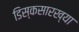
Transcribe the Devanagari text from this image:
डिस्कसारख्या